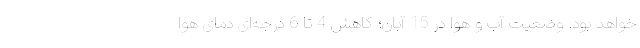
خواهد بود. وضعیت آب و هوا در 15 آبان؛ کاهش 4 تا 6 درجه‌ای دمای هوا